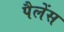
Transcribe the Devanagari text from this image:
पैलेंस